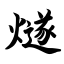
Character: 燧